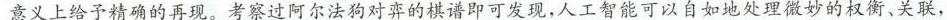
意义上给予精确的再现。考察过阿尔法 )对弈的棋谱即可发现，人工智能可以自如地处理微妙的权衡,关联，